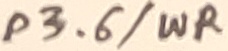
Text: P3.6/WR